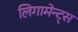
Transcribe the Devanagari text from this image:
लिगामेन्ट्स